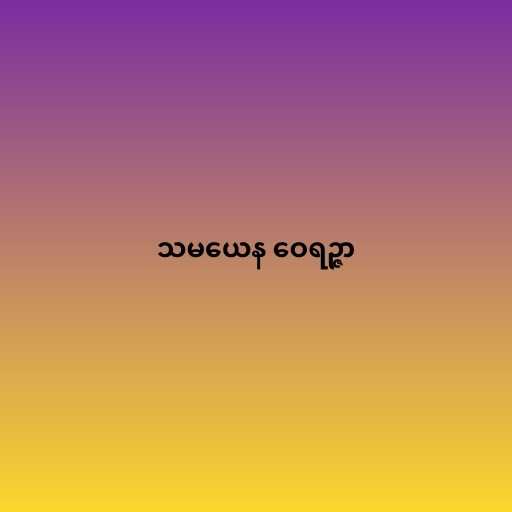
သမယေန ဝေရဉ္ဇာ